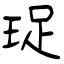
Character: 珿